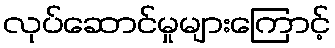
လုပ်ဆောင်မှုများကြောင့်